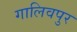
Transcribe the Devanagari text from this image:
गालिवपुर